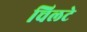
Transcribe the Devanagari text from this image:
चिलटे